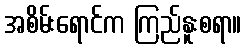
အစိမ်းရောင်က ကြည်နူးစရာ။